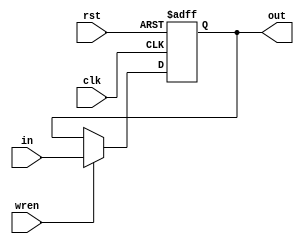
module GenericRegister(clk, rst, in, out, wren);

input rst, clk;
input wren;
input [31:0]in;

output [31:0]out;
reg [31:0]out;

always@(posedge clk or negedge rst)
begin

	if (rst == 1'b0)
		out <= 32'd0;
		
	else if (wren == 1'b1)
		out <= in;	

end

endmodule